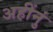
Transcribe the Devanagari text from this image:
अहींनुं